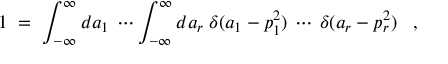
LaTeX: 1 \; = \; \int _ { - \infty } ^ { \infty } d a _ { 1 } \: \cdots \int _ { - \infty } ^ { \infty } d a _ { r } \; \delta ( a _ { 1 } - p _ { 1 } ^ { 2 } ) \: \cdots \: \delta ( a _ { r } - p _ { r } ^ { 2 } ) \; \; \; ,